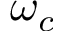
\omega _ { c }